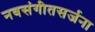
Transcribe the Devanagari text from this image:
नवसंगीतसर्जना